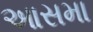
આસમા